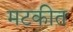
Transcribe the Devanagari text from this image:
मटकीत